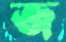
জ